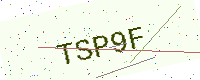
Text: TSP9F